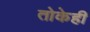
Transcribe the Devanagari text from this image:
तोकेही